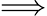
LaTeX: \Longrightarrow